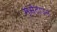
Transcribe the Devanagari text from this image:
मूर्सटाउन